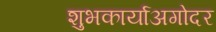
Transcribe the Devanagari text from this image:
शुभकार्याअगोदर